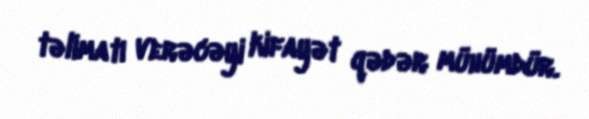
təlimatı verəcəyi kifayət qədər mühümdür.